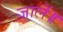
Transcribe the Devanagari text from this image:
जालें॥